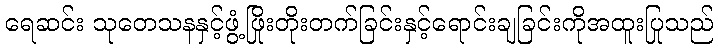
ရေဆင်း သုတေသနနှင့်ဖွံ့ဖြိုးတိုးတက်ခြင်းနှင့်ရောင်းချခြင်းကိုအထူးပြုသည်